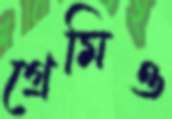
গ্রেমিও